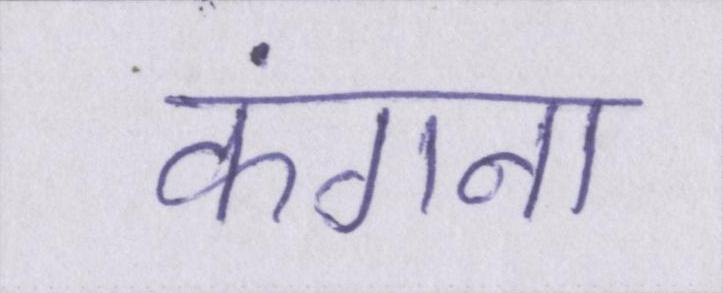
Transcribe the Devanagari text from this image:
कंगना